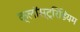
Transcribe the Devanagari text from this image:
क्लॉस्ट्रिडियम